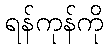
ရန်ကုန်ကို